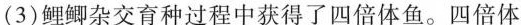
(3) 鲤鲫杂交育种过程中获得了四倍体鱼。四倍体